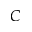
\cal { C }